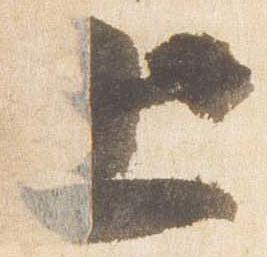
上